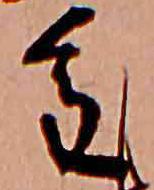
重